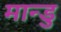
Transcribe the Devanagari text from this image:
मान्डु